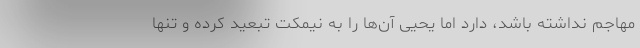
مهاجم نداشته باشد، دارد اما یحیی آن‌ها را به نیمکت تبعید کرده و تنها